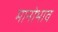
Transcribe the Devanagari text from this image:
मानोभाव